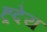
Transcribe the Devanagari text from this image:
ह्र्देय